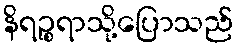
နိရဉ္စရာသို့ပြောသည်